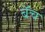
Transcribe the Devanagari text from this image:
बॅच